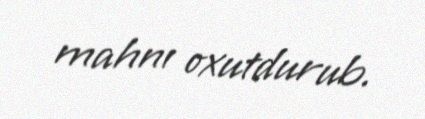
mahnı oxutdurub.